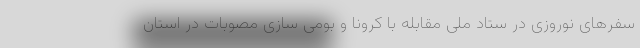
سفر‌های نوروزی در ستاد ملی مقابله با کرونا و بومی سازی مصوبات در استان